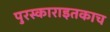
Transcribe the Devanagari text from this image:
पुरस्काराइतकाच